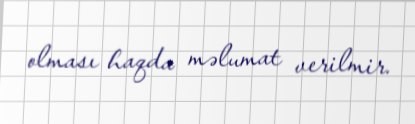
olması haqda məlumat verilmir.